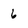
Character: 6